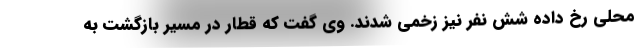
محلی رخ داده شش نفر نیز زخمی شدند. وی گفت که قطار در مسیر بازگشت به